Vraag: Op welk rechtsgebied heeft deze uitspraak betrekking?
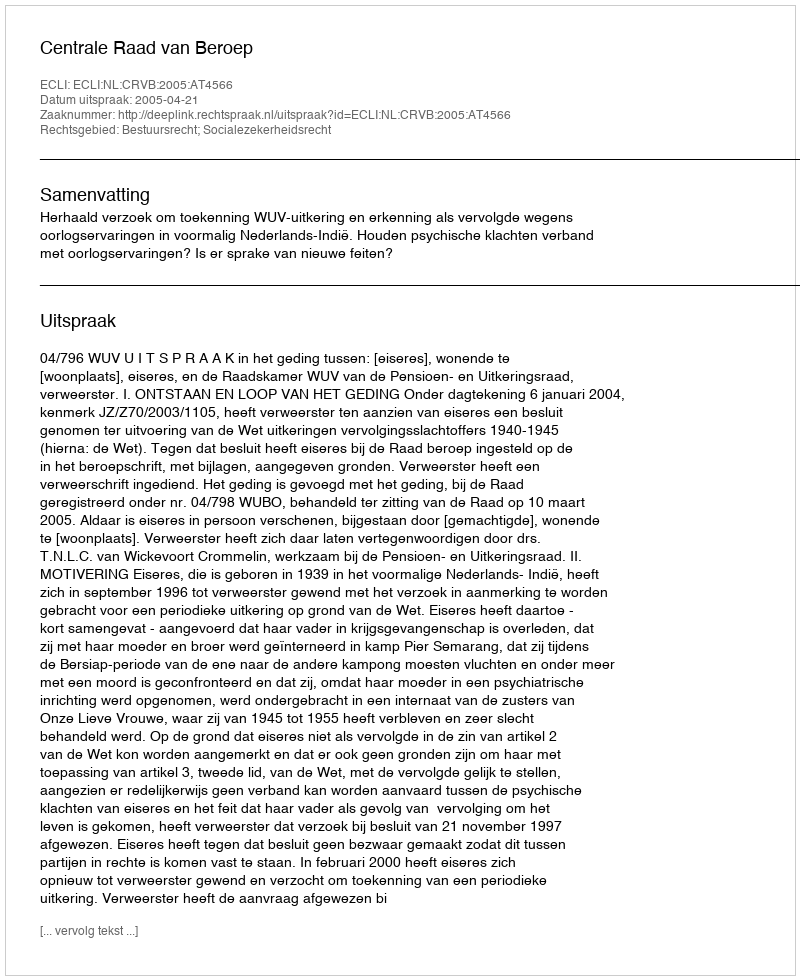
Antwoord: Bestuursrecht; Socialezekerheidsrecht